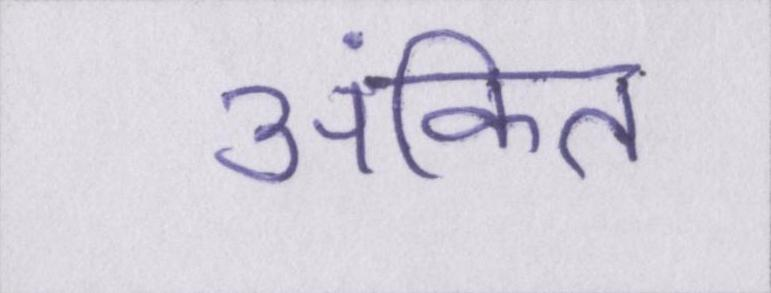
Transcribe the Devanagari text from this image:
अंकित